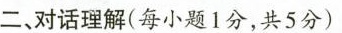
二、对话理解(每小题1分,共5分)